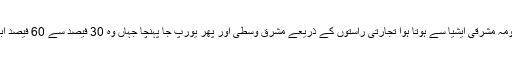
ماہرین کے مطابق طاعون کا جرثومہ مشرقی ایشیا سے ہوتا ہوا تجارتی راستوں کے ذریعے مشرقِ وسطیٰ اور پھر یورپ جا پہنچا جہاں وہ 30 فیصد سے 60 فیصد آبادی کو موت کے منہ میں لے گیا۔